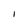
Character: I